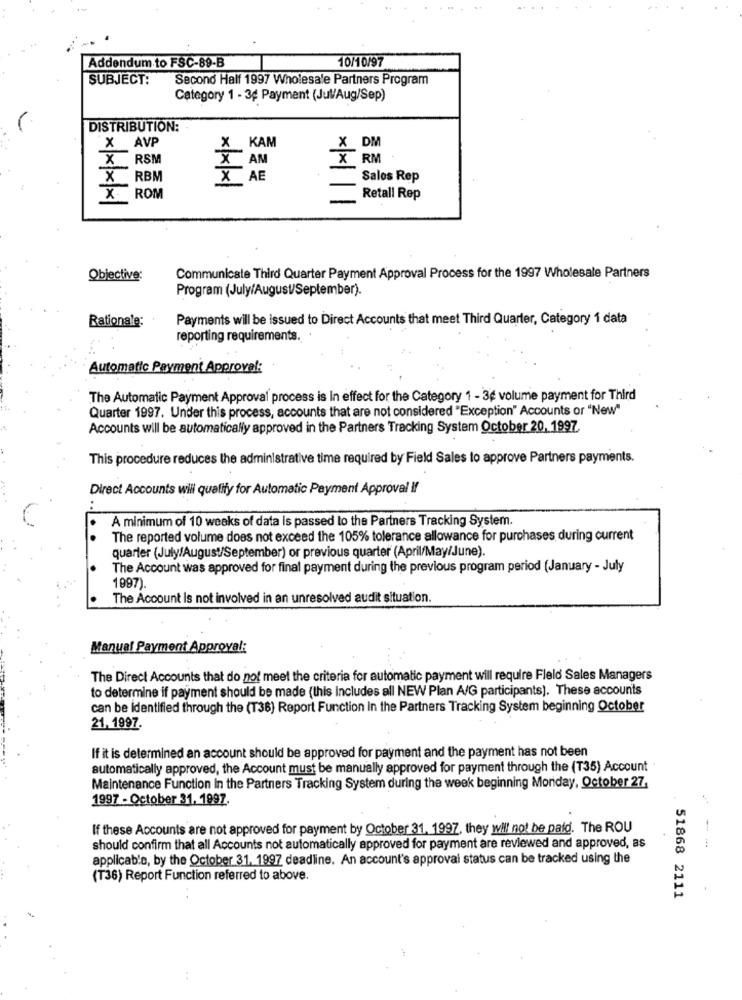
Addendum to FSC-89-B
10/10/97
SUBJECT:
Second Half 1997 Wholesale Partners Program
Category 1 - 3¢ Payment (Jul/Aug/Sep)
DISTRIBUTION:
X AVP
X KAM
X DM
RSM
AM
X RM
X RBM
X AE
×××
Sales Rep
:ROM
Retall Rep
Objective:
Communicate Third Quarter Payment Approval Process for the 1997 Wholesale Partners
Program (July/August/September).
Rationale:
Payments will be issued to Direct Accounts that meet Third Quarter, Category 1 data
reporting requirements.
Automatic Payment Approval:
The Automatic Payment Approval process is in effect for the Category 1 - 3¢ volume payment for Third
Quarter 1997. Under this process, accounts that are not considered "Exception" Accounts or "New"
Accounts will be automatically approved in the Partners Tracking System October 20, 1997
This procedure reduces the administrative time required by Field Sales to approve Partners payments.
Direct Accounts wili qualify for Automatic Payment Approval If
A minimum of 10 weeks of data is passed to the Partners Tracking System.
The reported volume does not exceed the 105% tolerance allowance for purchases during current
quarter (July/August/September) or previous quarter (April/May/June).
The Account was approved for final payment during the previous program period (January - July
1997)
The Account Is not involved in an unresolved audit situation.
Manual Payment Approval:
The Direct Accounts that do not meet the criteria for automatic payment will require Fleld Sales Managers
to determine if payment should be made (this Includes all NEW Plan A/G participants). These accounts
can be identified through the (T36) Report Function In the Partners Tracking System beginning October
21. 1997.
If it is determined an account should be approved for payment and the payment has not been
automatically approved, the Account must be manually approved for payment through the (T35) Account
Maintenance Function In the Partners Tracking System during the week beginning Monday, October 27.
1997 - October 31. 1997.
If these Accounts are not approved for payment by October 31, 1997, they will not be paid. The ROU
should confirm that all Accounts not automatically approved for payment are reviewed and approved, as
--
applicable, by the October 31, 1997 deadline. An account's approval status can be tracked using the
(T36) Report Function referred to above.
51868 2111